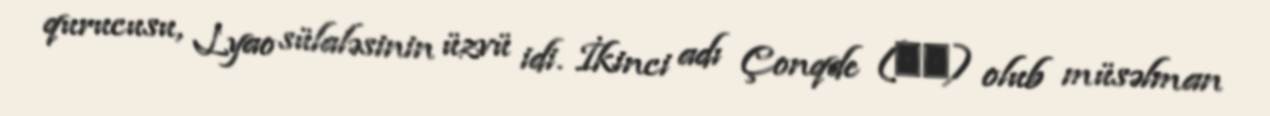
qurucusu, Lyao sülaləsinin üzvü idi. İkinci adı Çonqde (重德) olub müsəlman